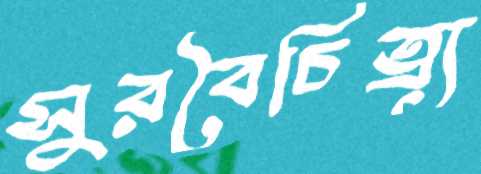
সুরবৈচিত্র্য